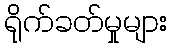
ရိုက်ခတ်မှုများ